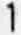
1